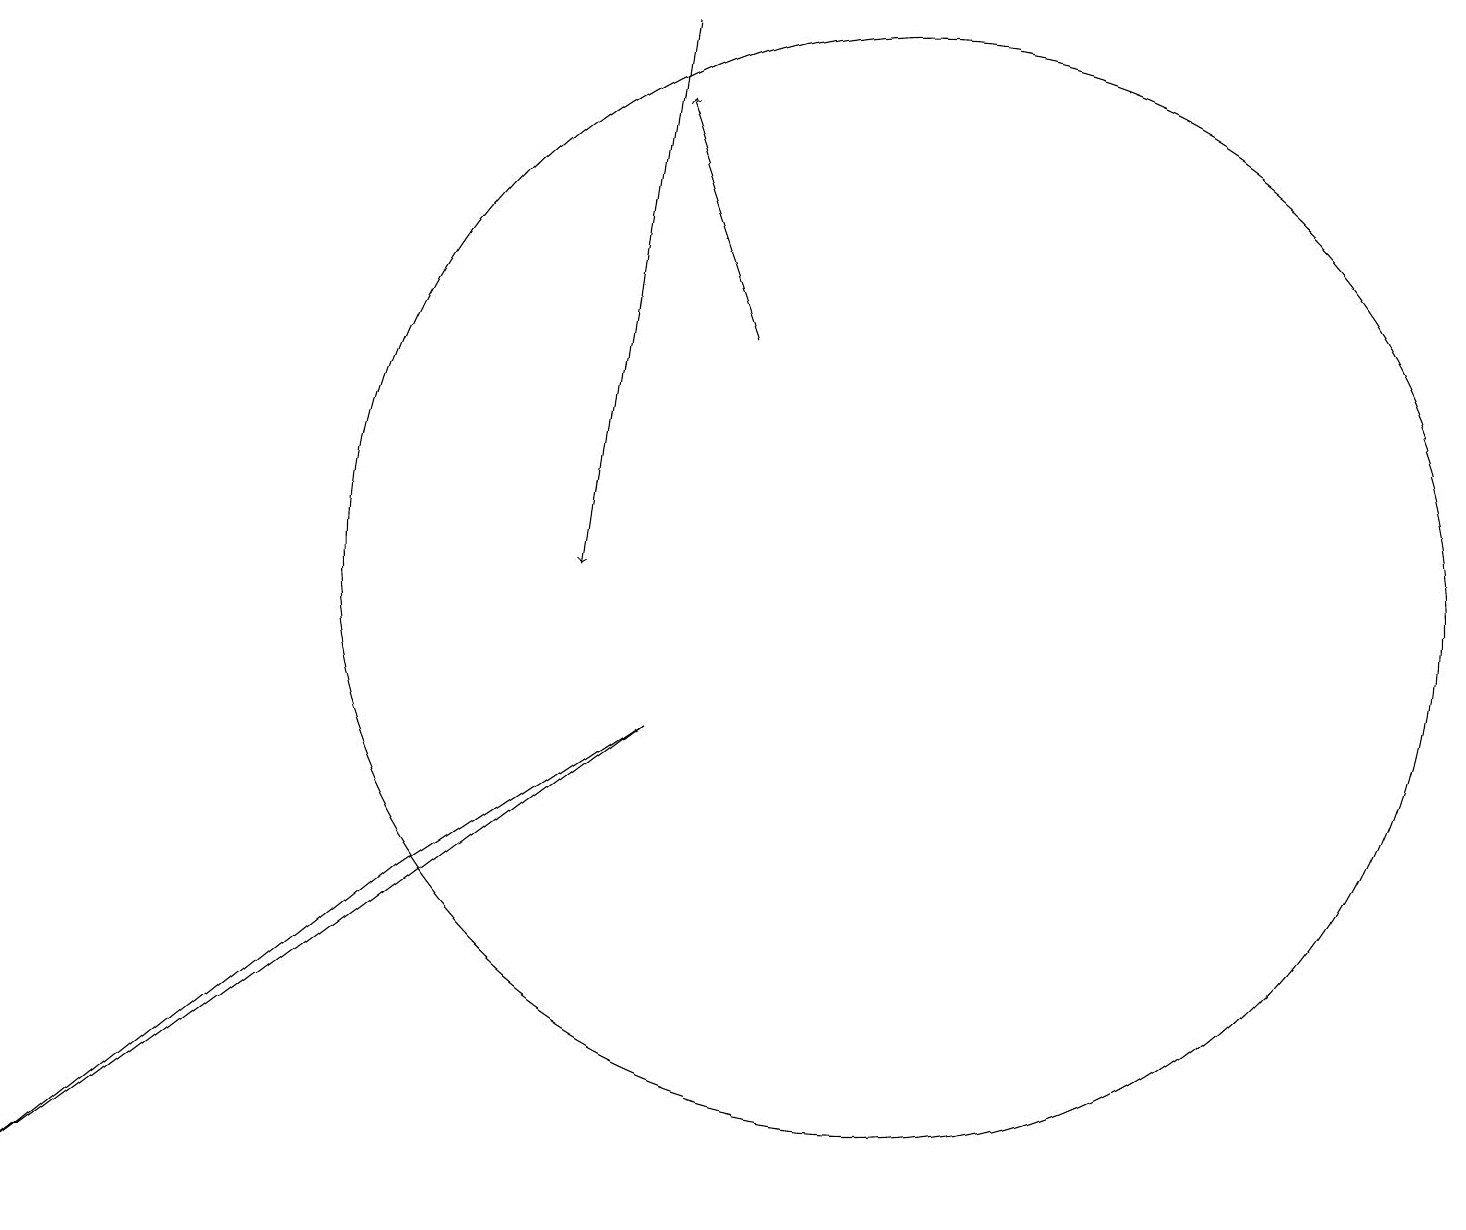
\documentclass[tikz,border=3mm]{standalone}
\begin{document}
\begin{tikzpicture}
\draw[->] (8,17) -- (7,10);
\draw (0,2) -- (8,8) -- (5,6) -- cycle;
\draw[->] (9,13) -- (8,16);
\draw (11,10) circle (7);
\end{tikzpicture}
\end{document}